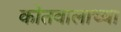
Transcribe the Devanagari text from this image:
कोतवालाच्या